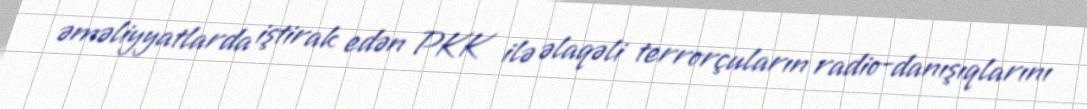
əməliyyatlarda iştirak edən PKK ilə əlaqəli terrorçuların radio-danışıqlarını